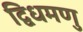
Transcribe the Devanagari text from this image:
द्विधमणु